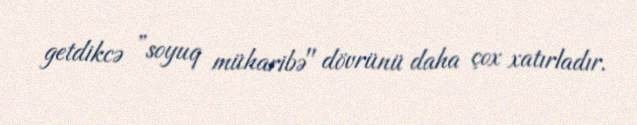
getdikcə ”soyuq müharibə" dövrünü daha çox xatırladır.